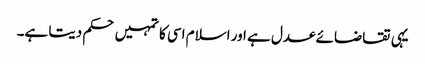
یہی تقاضائے عدل ہے اور اسلام اسی کا تمہیں حکم دیتا ہے۔